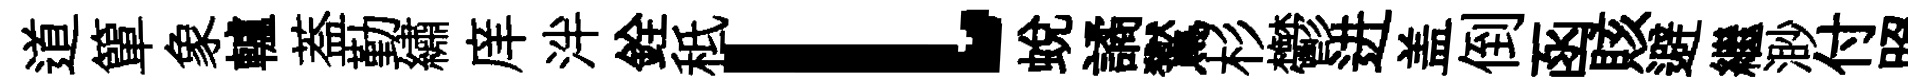
道簞象轤葢勤繡庠泮銓秪l蛻譎鸑杉鬱进盖倒函賅避繼渺付照